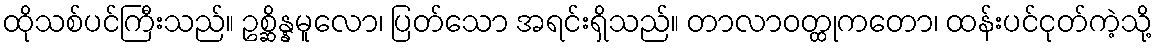
ထိုသစ်ပင်ကြီးသည်။ ဥစ္ဆိန္နမူလော၊ ပြတ်သော အရင်းရှိသည်။ တာလာဝတ္ထုကတော၊ ထန်းပင်ငုတ်ကဲ့သို့